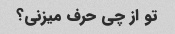
تو از چی حرف میزنی؟